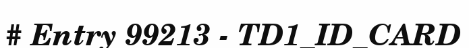
# Entry 99213 - TD1_ID_CARD